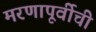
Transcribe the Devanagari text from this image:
मरणापूर्वीची